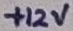
Text: +12V